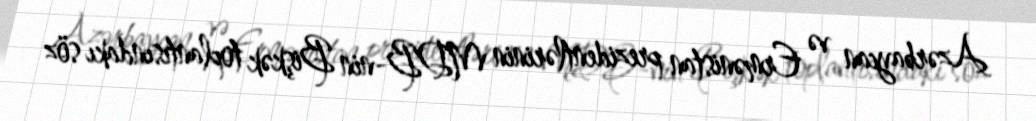
Azərbaycan və Ermənistan prezidentlərinin MDB-nin Bişkək toplantısındakı söz